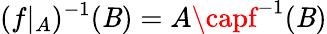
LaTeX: (f\vert_{A})^{-1}(\mathit{B})=A\capf^{-1}(\mathit{B})